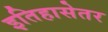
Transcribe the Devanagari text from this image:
इतिहासेतर